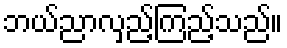
ဘယ်ညာလှည့်ကြည့်သည်။